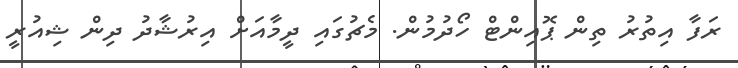
ރަފާ އިތުރު ތިން ޕޮއިންޓް ހޯދުމުން. މެޗުގައި ދީމާއަށް އިރުޝާދު ދިން ޝިއުރީ